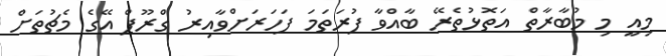
މިއީ މި މުބާރާތް އަތޮޅުތެރޭ ބާއްވާ ފުރަތަމަ ފަހަރަށްވާއިރު ގްރޫޕް އޭގެ މެޗުތަށް